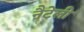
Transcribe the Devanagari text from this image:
नैटेली